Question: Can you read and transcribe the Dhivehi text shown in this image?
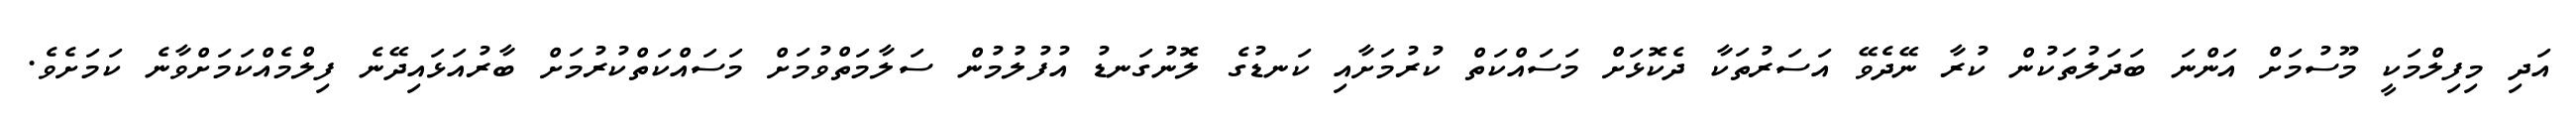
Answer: އަދި މިފިލްމަކީ މޫސުމަށް އަންނަ ބަދަލުތަކުން ކުރާ ނޭދެވޭ އަސަރުތަކާ ދެކޮޅަށް މަސައްކަތް ކުރުމަށާއި ކަނޑުގެ ލޮނުގަނޑު އުފުލުމުން ސަލާމަތްވުމަށް މަސައްކަތްކުރުމަށް ބާރުއަޅައިދޭނެ ފިލްމެއްކަމަށްވާނެ ކަމަށެވެ.